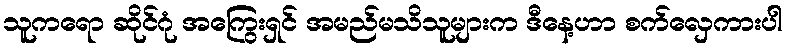
သူကရော ဆိုင်ဂုံ အကြွေးရှင် အမည်မသိသူများက ဒီနေ့ဟာ စက်လှေကားပါ